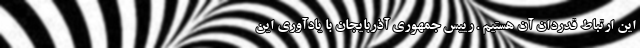
این ارتباط قدردان آن هستیم . رییس جمهوری آذربایجان با یادآوری این